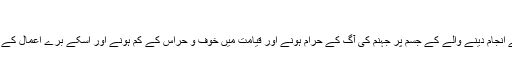
[58]
روایات میں نماز جمعہ کو اسکے انجام دینے والے کے جسم پر جہنم کی آگ کے حرام ہونے اور قیامت میں خوف و حراس کے کم ہونے اور اسکے برے اعمال کے محو ہونے کا سبب قرار دیا ہے۔